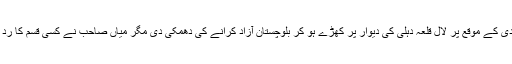
یہاں تک کہ2016میں یوم آزادی کے موقع پر لال قلعہ دہلی کی دیوار پر کھڑے ہو کر بلوچستان آزاد کرانے کی دھمکی دی مگر میاں صاحب نے کسی قسم کا رد عمل دینا مناسب ہی نہ سمجھا۔